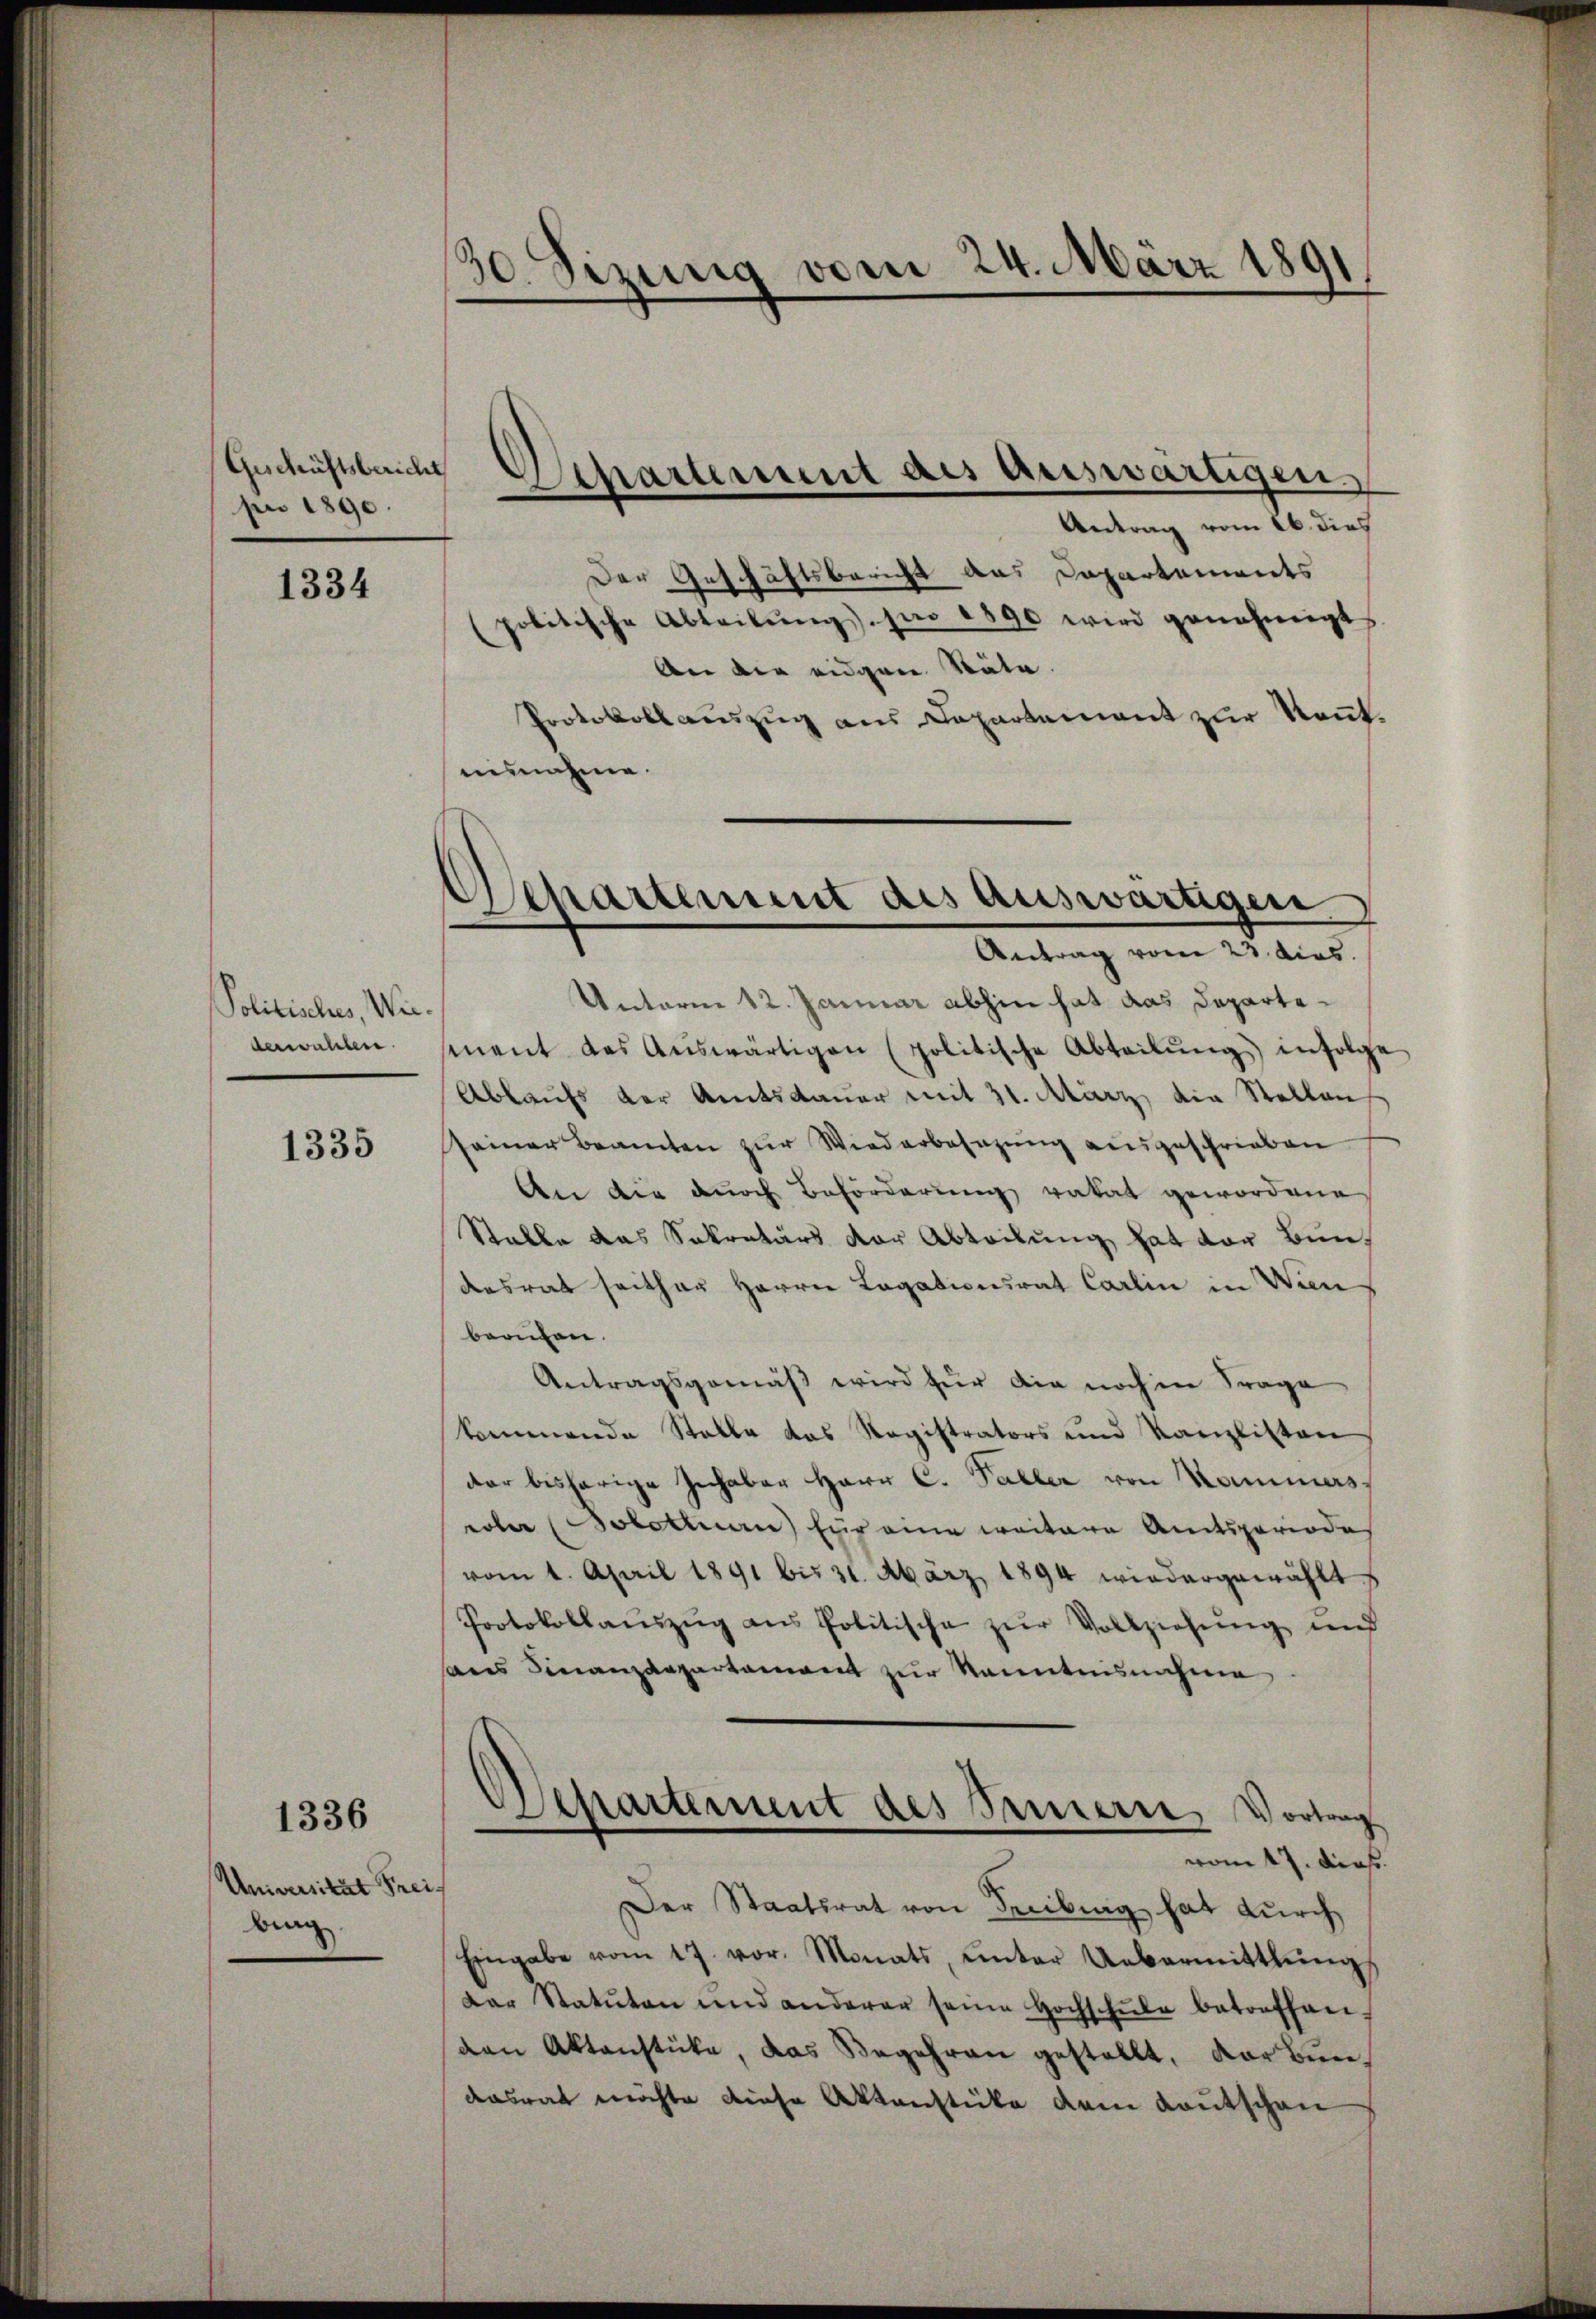
Geschäftsbericht
pr 1890

1334

Politisches, Wiederwalten.

1335

1336

Universität Frei
bing

30. Sizung vom 24. März 1891

Der Geschäftsbericht aus Departements
politische Abteilŭng pro 1890 wird genehmigt
Aer die eidgene Stäte.
Protokollauszug aus Departement zur Kennt.
einnahme.
Unterm 12. Januar abhin hat das Departemnent des Aŭswärtigen (politische Abteilŭng infolge
Ablaufs der Amtsdauer mit 31. März die Stellen
seiner Beamten zur Wiederbesezung ausgeschrieben
An die durch Beförderung vakat gewordene
Stalle das Sekretärs der Abteilung hat der Bundesrat seither Herrn Lagationsrat Carlin in Wien
berufen.
Antragsgemäß wird für die noch in Frage
kommende Stelle das Registrators und Kanzlisten
dar bisherige Inhaber Herr C. Paller von Kammes,
roler (obettnen) für eine weitere Amtsperiodes
vom 1. April 1891 bis 31. März 1894 wiedergewählt
Protokollaŭszŭg ans Politische zŭr Vollziehŭng und
sans Finanzdepartament zur Kenntnisnahme
Departement des Sauern, Vortrag
vom 17. dies
.
Der Staatsrat von Freiburg hat durch
Eingabe vom 17. vor. Monats, unter Uebermittlung
Dar Statuten und anderer seine Hochschŭle betreffen-
den Aktenstücke, das Begehren gestellt, der Bun
dasrat möchte diese Aktenstücke dem Kautschen

Departement als auswärtigen.
Antrag vom 16. dies

Separtement des auswärtigen
Antrag vom 23. dies